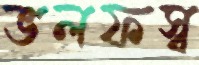
ভলফস্ব